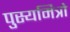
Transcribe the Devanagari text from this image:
पुस्यमित्रो